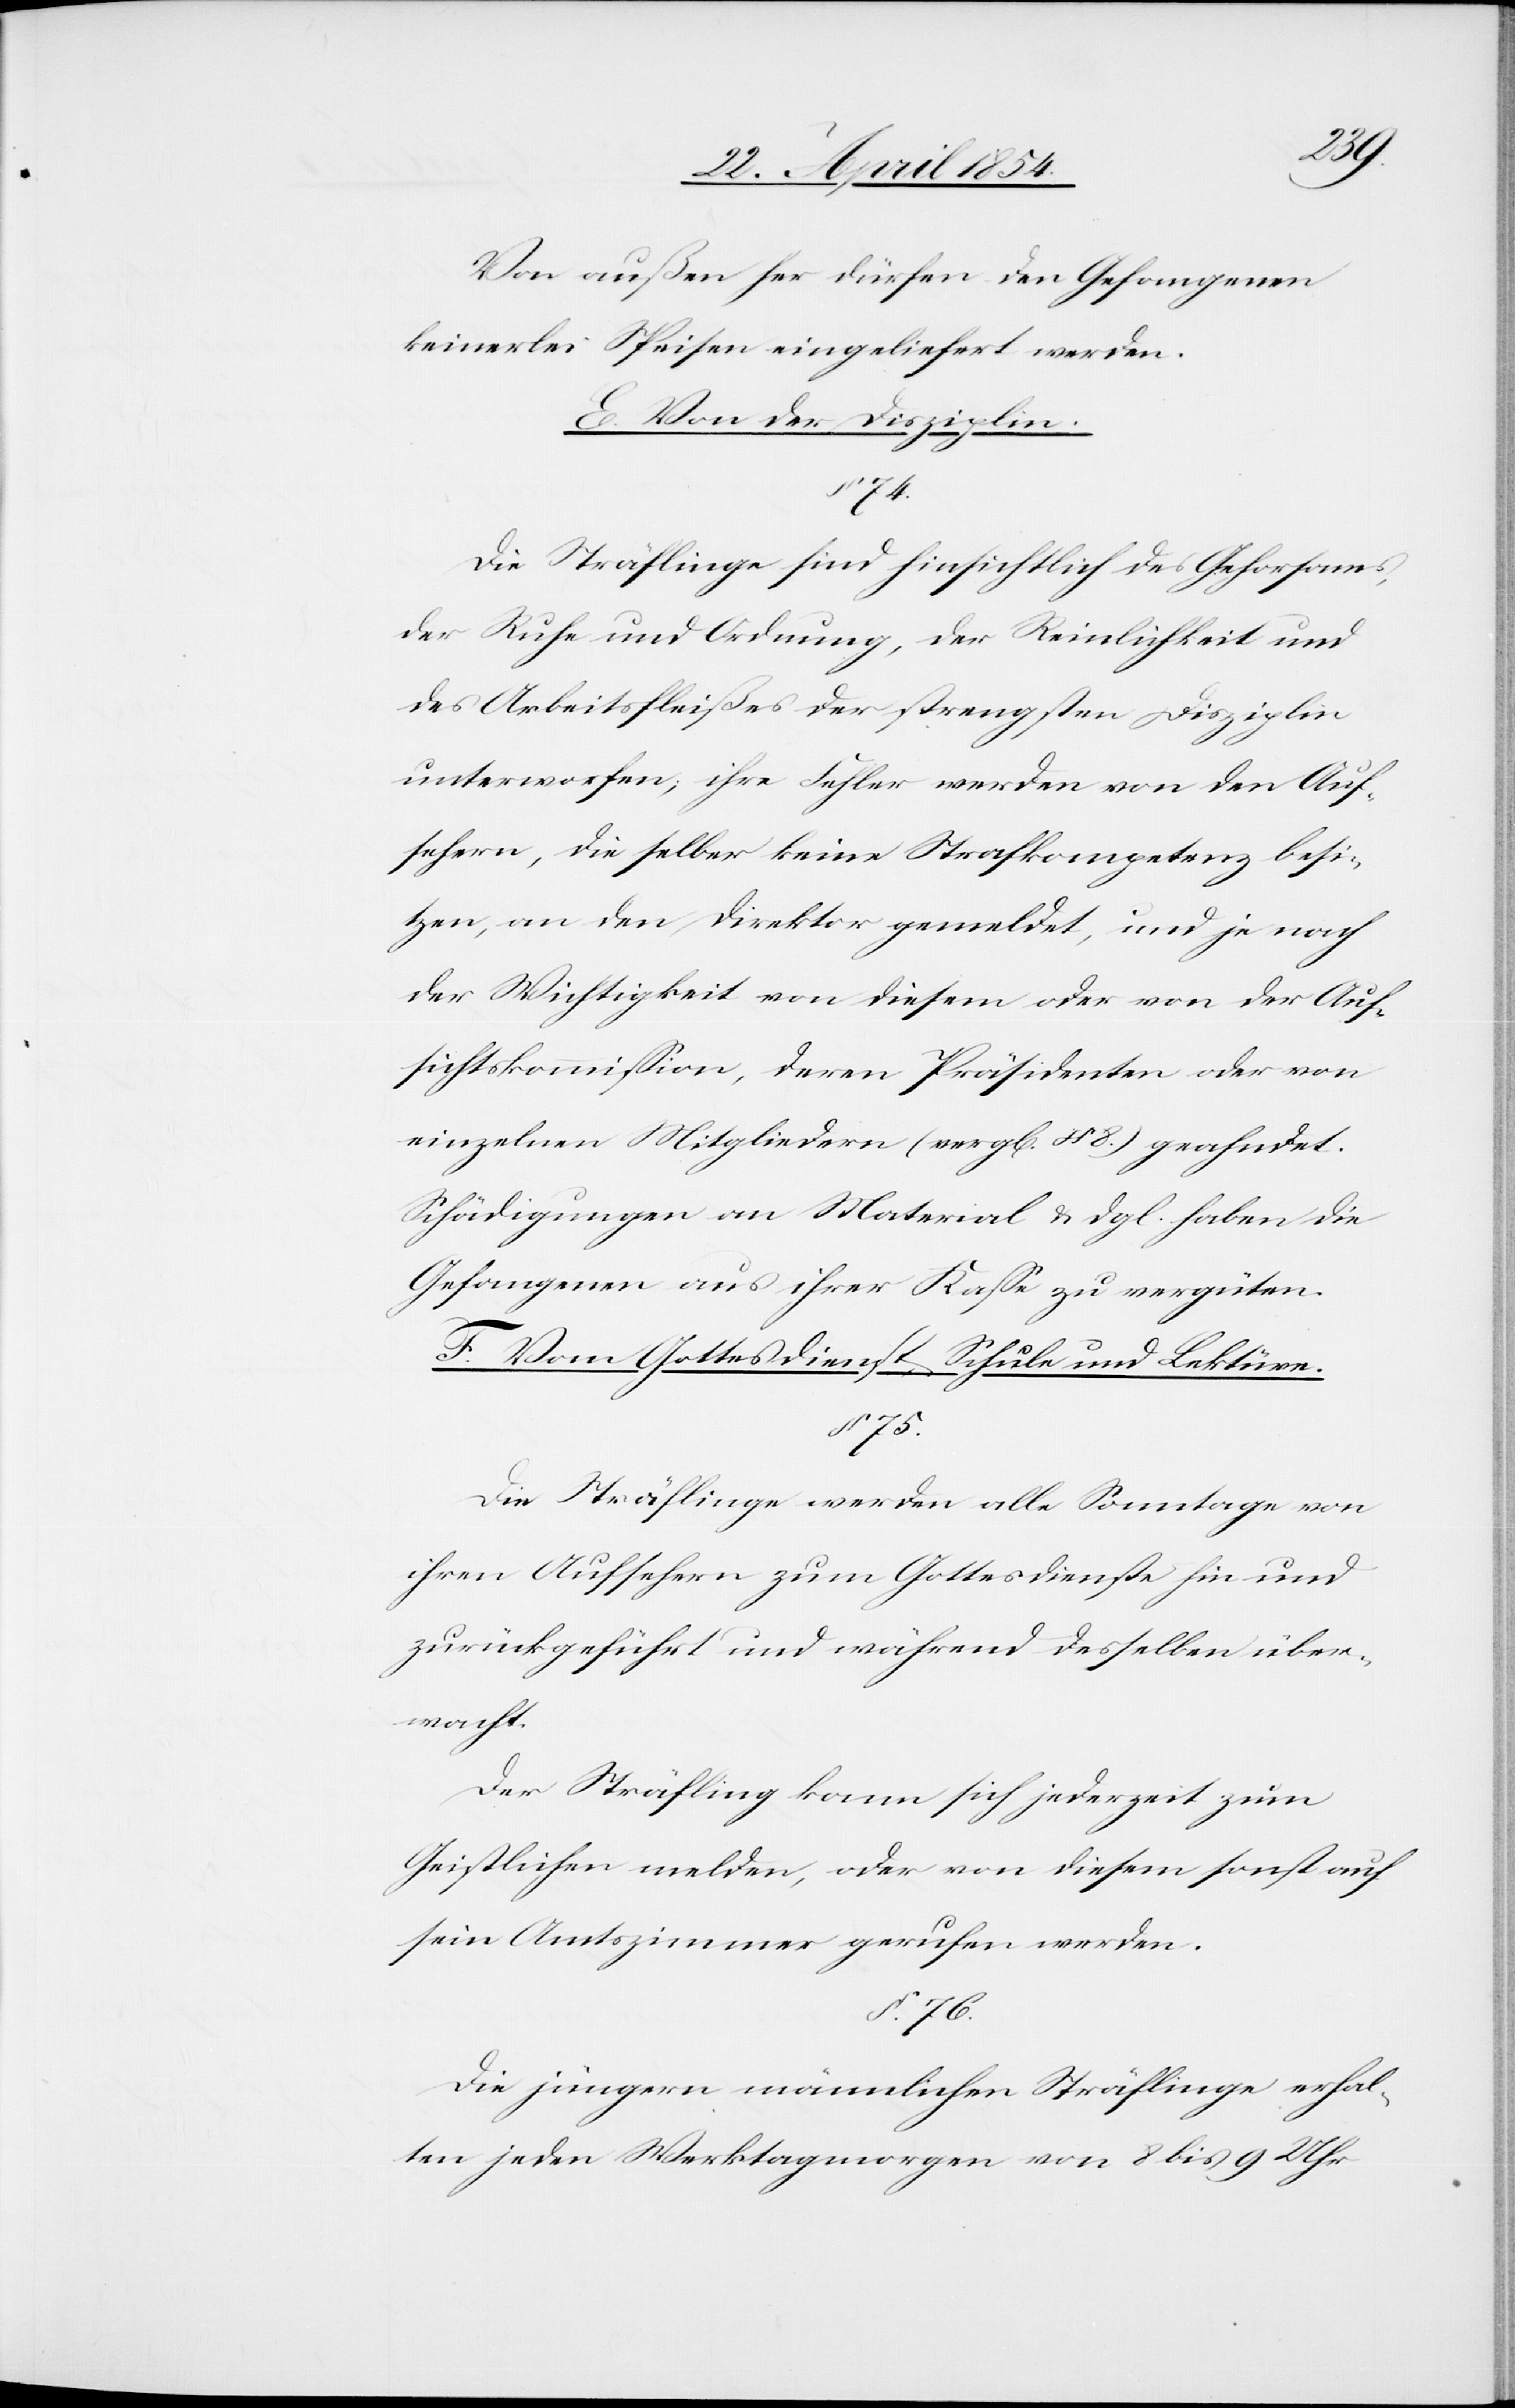
Von außen her dürfen den Gefangenen
keinerlei Speisen eingeliefert werden.
E. Von der Disziplin.
74.
Die Sträflinge sind hinsichtlich des Gehorsams,
der Ruhe und Ordnung, der Reinlichkeit und
des Arbeitsfleißes der strengsten Disziplin
unterworfen; ihre Fehler werden von den Auf¬
sehern, die selber keine Strafkompetenz besi¬
tzen, an den Direktor gemeldet, und je nach
der Wichtigkeit von diesem oder von der Auf¬
sichtskommißion, deren Präsidenten oder von
einzelnen Mitgliedern (vergl. § 8.) geahndet.
Schädigungen an Material & dgl. haben die
Gefangenen aus ihrer Kaße zu vergüten.
F. Vom Gottesdienst, Schule und Lektüren.
§ 75.
Die Sträflinge werden alle Sonntage von
ihren Aufsehern zum Gottesdienste hin und
zurückgeführt und während desselben über¬
wacht.
Der Sträfling kann sich jederzeit zum
Geistlichen melden, oder von diesem sonst auf
sein Arbeitszimmer gerufen werden.
§. 76.
Die jüngern männlichen Sträflinge erhal¬
ten jeden Werktagmorgen von 8 bis 9 Uhr